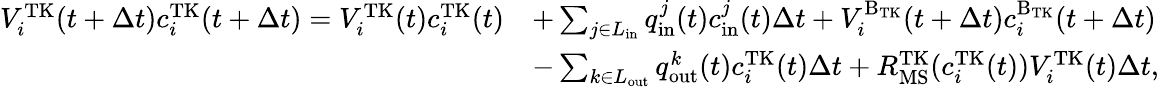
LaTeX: \begin{array}{rl}{V_{i}^{\mathrm{TK}}(t+\Delta t)c_{i}^{\mathrm{TK}}(t+\Delta t)=V_{i}^{\mathrm{TK}}(t)c_{i}^{\mathrm{TK}}(t)}&{+\sum_{j\in L_{\mathrm{in}}}q_{\mathrm{in}}^{j}(t)c_{\mathrm{in}}^{j}(t)\Delta t+V_{i}^{\mathrm{B_{\mathrm{TK}}}}(t+\Delta t)c_{i}^{\mathrm{B_{\mathrm{TK}}}}(t+\Delta t)}\\ &{-\sum_{k\in L_{\mathrm{out}}}q_{\mathrm{out}}^{k}(t)c_{i}^{\mathrm{TK}}(t)\Delta t+R_{\mathrm{MS}}^{\mathrm{TK}}(c_{i}^{\mathrm{TK}}(t))V_{i}^{\mathrm{TK}}(t)\Delta t,}\end{array}